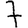
Digit: 7